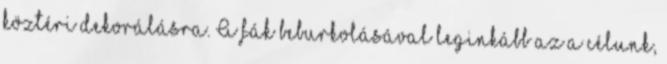
köztéri dekorálásra. A fák beburkolásával leginkább az a célunk,